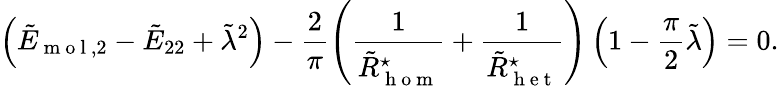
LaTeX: \left(\tilde{E}_{\mathrm{~m~o~l~},2}-\tilde{E}_{22}+\tilde{\lambda}^{2}\right)-\frac{2}{\pi}\left(\frac{1}{\tilde{R}_{\mathrm{~h~o~m~}}^{\star}}+\frac{1}{\tilde{R}_{\mathrm{~h~e~t~}}^{\star}}\right)\left(1-\frac{\pi}{2}\tilde{\lambda}\right)=0.